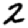
Digit: 2